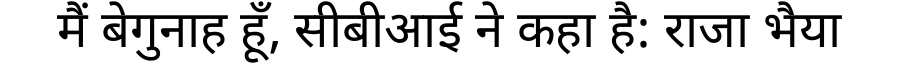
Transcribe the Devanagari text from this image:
मैं बेगुनाह हूँ, सीबीआई ने कहा है: राजा भैया